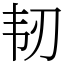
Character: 韧